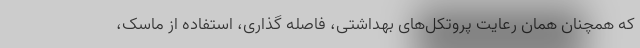
که همچنان همان رعایت پروتکل‌های بهداشتی، فاصله گذاری، استفاده از ماسک،